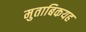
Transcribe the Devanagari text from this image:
मुताबिकयह